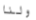
ولنا